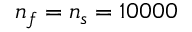
n _ { f } = n _ { s } = 1 0 0 0 0